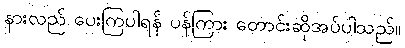
နားလည် ပေးကြပါရန် ပန်ကြား တောင်းဆိုအပ်ပါသည်။